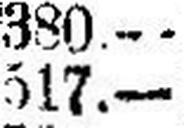
517.—